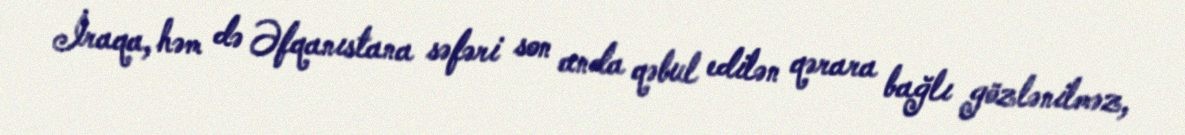
İraqa, həm də Əfqanıstana səfəri son anda qəbul edilən qərara bağlı gözlənilməz,